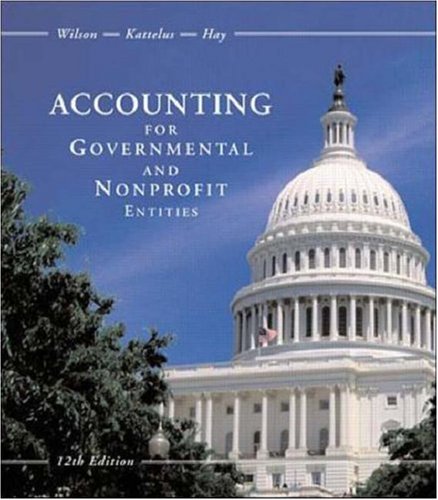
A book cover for Accounting for Governmental and Nonprofit Entities with City of Smithville Package; Earl R Wilson; Business & Money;